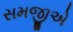
સમજીએ